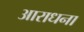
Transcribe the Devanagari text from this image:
अाराधना